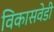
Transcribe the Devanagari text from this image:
विकासवेडी